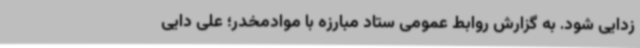
زدایی شود. به گزارش روابط عمومی ستاد مبارزه با موادمخدر؛ علی دایی